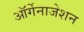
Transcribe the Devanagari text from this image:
ऑर्गेनाजेशन